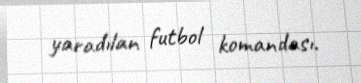
yaradılan futbol komandası.